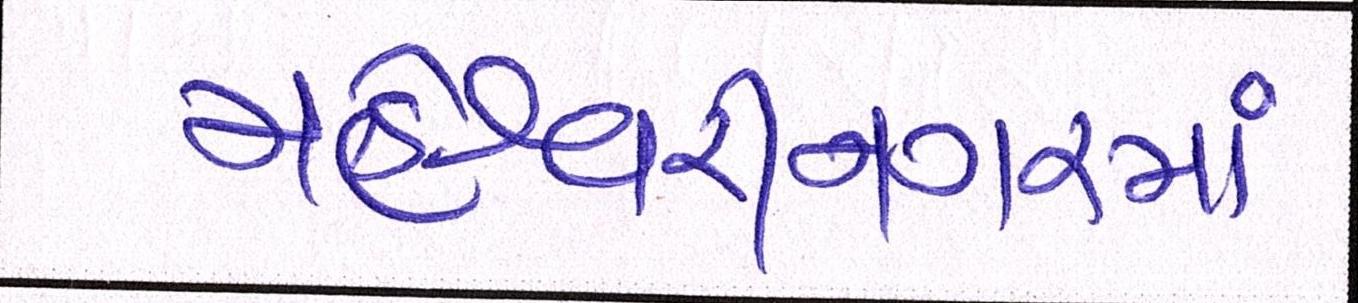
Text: મહેશ્વરીનગરમાં